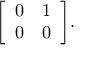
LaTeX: { \left[ \begin{array} { l l } { 0 } & { 1 } \\ { 0 } & { 0 } \end{array} \right] } .